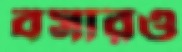
বসারও